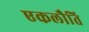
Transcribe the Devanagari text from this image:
एकलौति